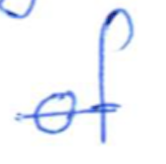
Text: of
Cross-out: single-line
Writing tool: ballpoint